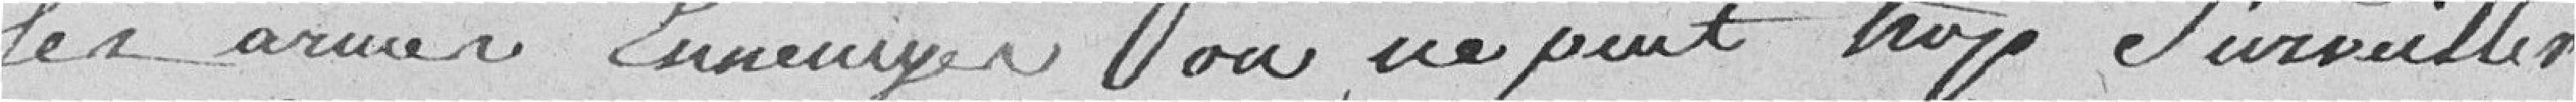
les armes ennemis on ne peut pas trop surveiller